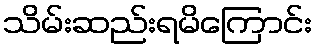
သိမ်းဆည်းရမိကြောင်း